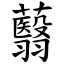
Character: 蘙